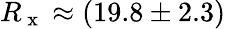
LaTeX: R_{\mathrm{~x~}}\approx(19.8\pm 2.3)